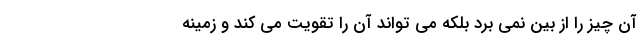
آن چیز را از بین نمی برد بلکه می تواند آن را تقویت می کند و زمینه